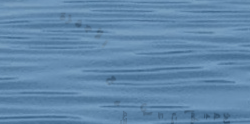
تخفيضات على جميع الأجهزة